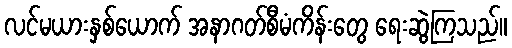
လင်မယားနှစ်ယောက် အနာဂတ်စီမံကိန်းတွေ ရေးဆွဲကြသည်။